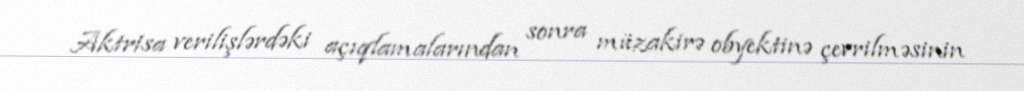
Aktrisa verilişlərdəki açıqlamalarından sonra müzakirə obyektinə çevrilməsinin